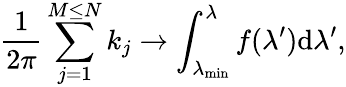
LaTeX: \frac{1}{2\pi}\sum_{j=1}^{M\le N}k_{j}\to\int_{\lambda_{\operatorname*{min}}}^{\lambda}f(\lambda^{\prime})\mathrm{d}\lambda^{\prime},